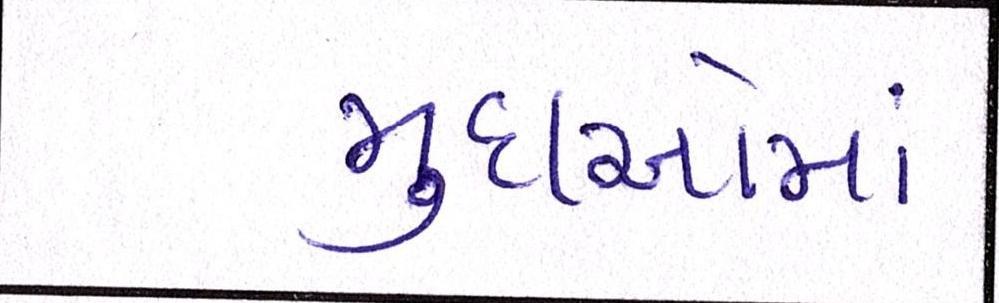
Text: મુદાઓમાં